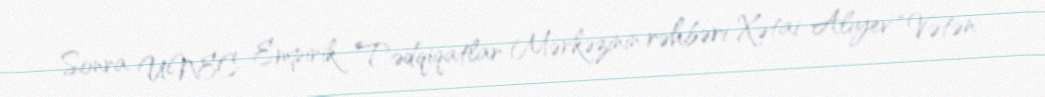
Sonra UNEC Empirik Tədqiqatlar Mərkəzinin rəhbəri Xətai Alıyev “Vətən